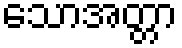
သောအတ္တာ